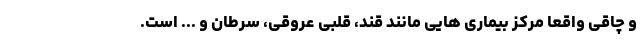
و چاقی واقعا مرکز بیماری هایی مانند قند، قلبی عروقی، سرطان و ... است.